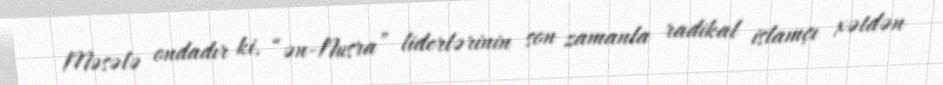
Məsələ ondadır ki, “ən-Nusra” liderlərinin son zamanla radikal islamçı xətdən